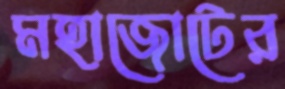
মহাজোটের